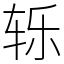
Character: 轹